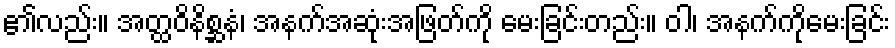
၏လည်း။ အတ္ထဝိနိစ္ဆနံ၊ အနက်အဆုံးအဖြတ်ကို မေးခြင်းတည်း။ ဝါ၊ အနက်ကိုမေးခြင်း